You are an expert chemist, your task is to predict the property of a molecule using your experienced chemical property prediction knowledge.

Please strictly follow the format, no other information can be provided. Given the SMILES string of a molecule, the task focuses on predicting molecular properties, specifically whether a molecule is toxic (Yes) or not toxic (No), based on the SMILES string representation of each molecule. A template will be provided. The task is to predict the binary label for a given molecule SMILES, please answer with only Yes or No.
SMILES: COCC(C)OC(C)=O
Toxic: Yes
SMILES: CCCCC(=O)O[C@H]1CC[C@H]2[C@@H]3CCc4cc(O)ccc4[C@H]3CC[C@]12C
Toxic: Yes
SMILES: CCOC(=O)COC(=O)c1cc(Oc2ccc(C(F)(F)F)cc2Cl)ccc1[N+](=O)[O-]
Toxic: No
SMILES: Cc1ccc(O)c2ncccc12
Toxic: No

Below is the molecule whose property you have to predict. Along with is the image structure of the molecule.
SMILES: O=C(O)CCC(=O)C(=O)O
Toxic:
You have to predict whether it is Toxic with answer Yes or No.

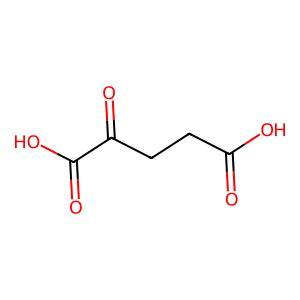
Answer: No